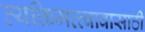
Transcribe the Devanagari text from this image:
व्यक्तिमत्त्वावासाठी